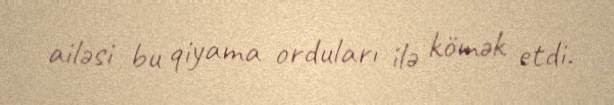
ailəsi bu qiyama orduları ilə kömək etdi.